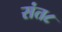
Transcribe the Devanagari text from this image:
संत८